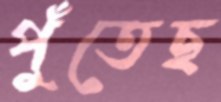
পুঁতেছ